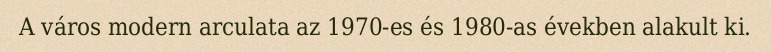
A város modern arculata az 1970-es és 1980-as években alakult ki.